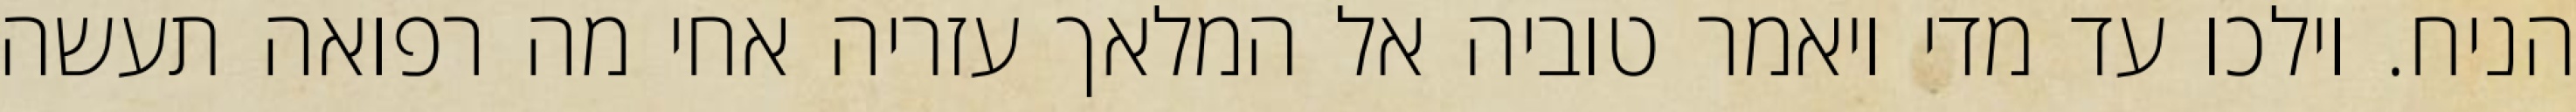
הניח. וילכו עד מדי ויאמר טוביה אל המלאך עזריה אחי מה רפואה תעשה